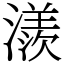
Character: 㵪